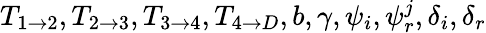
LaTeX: T_{1\rightarrow 2},T_{2\rightarrow 3},T_{3\rightarrow 4},T_{4\rightarrow D},b,\gamma,\psi_{i},\psi_{r}^{j},\delta_{i},\delta_{r}